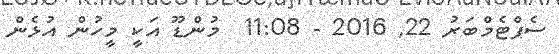
ސެޕްޓެމްބަރު 22